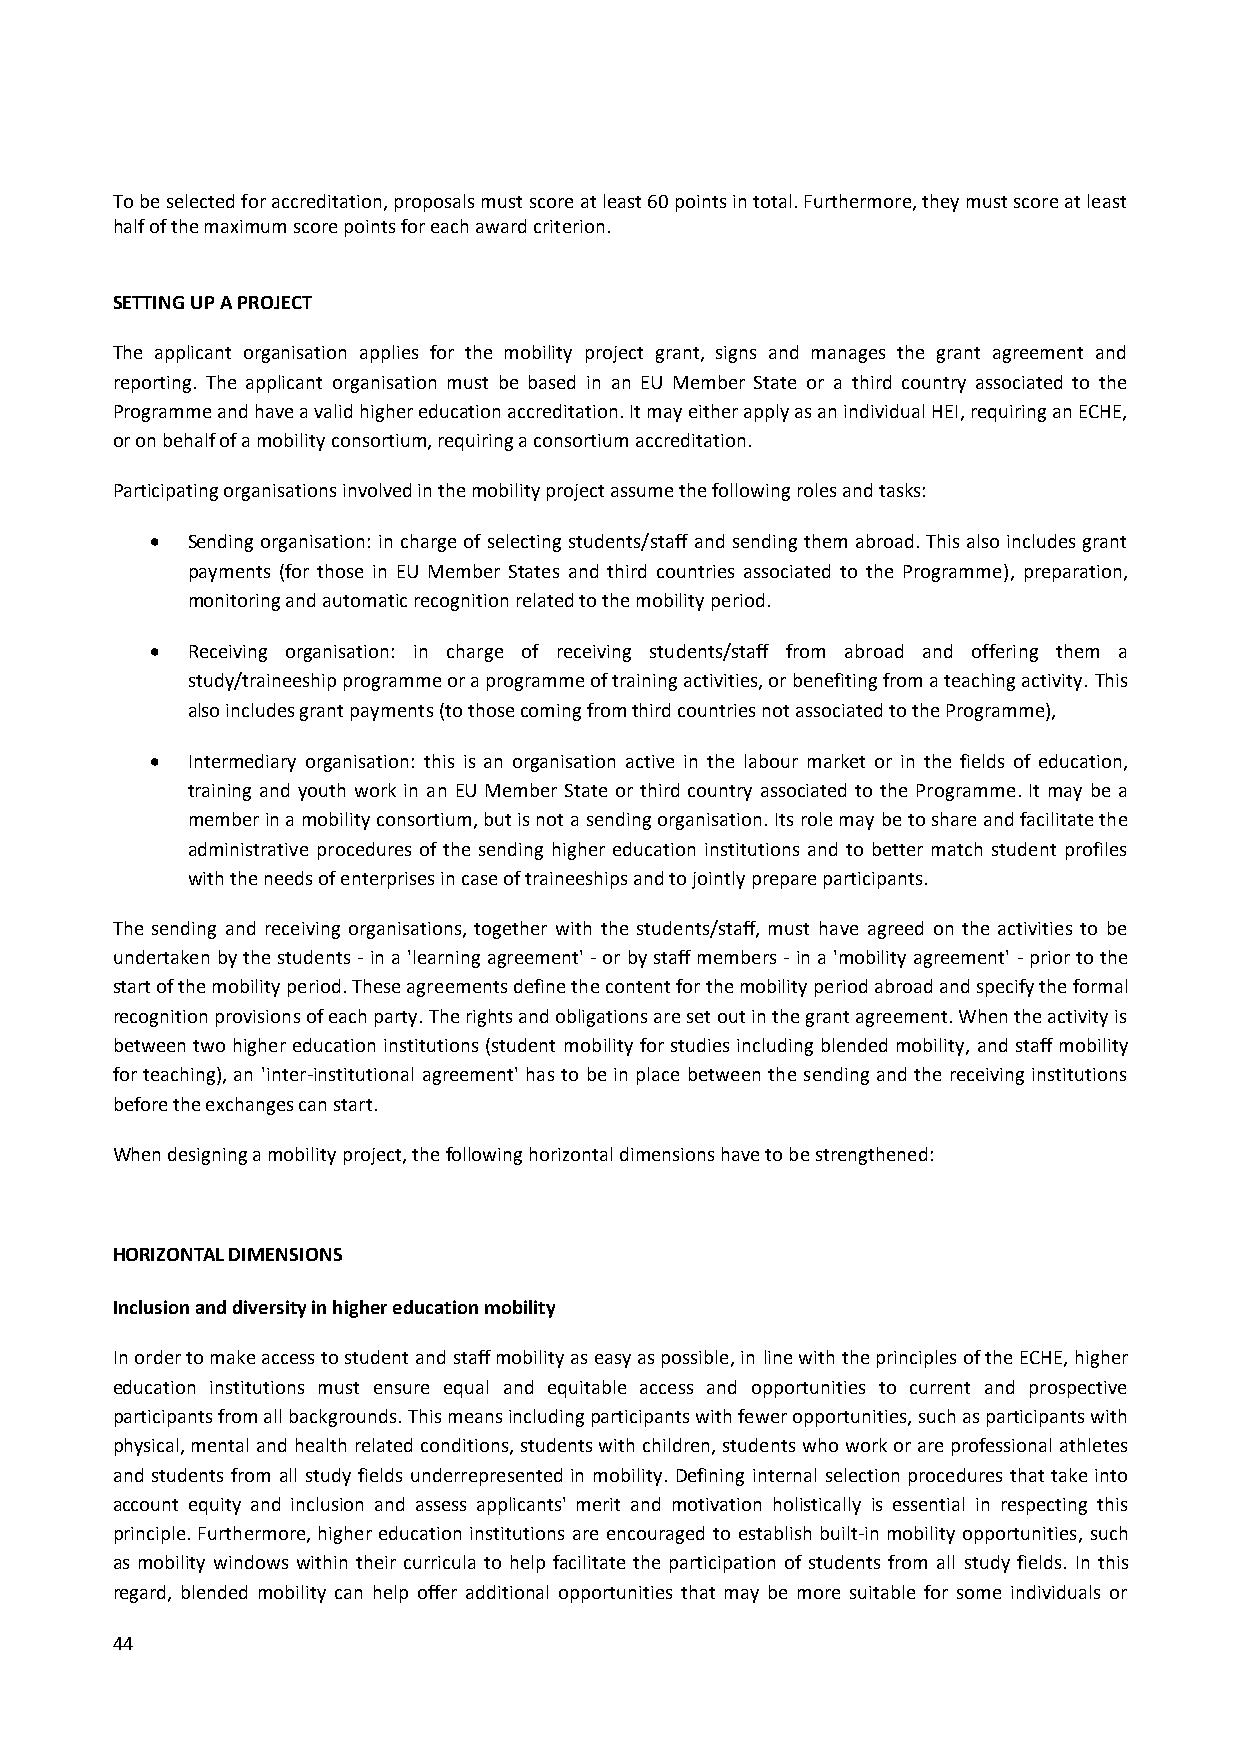
To be selected for accreditation, proposals must score at least 60 points in total. Furthermore, they must score at least
 half of the maximum score points for each award criterion.
 SETTING UP A PROJECT
 The applicant organisation applies for the mobility project grant, signs and manages the grant agreement and
 reporting. The applicant organisation must be based in an EU Member State or a third country associated to the
 Programme and have a valid higher education accreditation. It may either apply as an individual HEI, requiring an ECHE,
 or on behalf of a mobility consortium, requiring a consortium accreditation.
 Participating organisations involved in the mobility project assume the following roles and tasks:
  Sending organisation: in charge of selecting students/staff and sending them abroad. This also includes grant
 payments (for those in EU Member States and third countries associated to the Programme), preparation,
 monitoring and automatic recognition related to the mobility period.
  Receiving organisation: in charge of receiving students/staff from abroad and offering them a
 study/traineeship programme or a programme of training activities, or benefiting from a teaching activity. This
 also includes grant payments (to those coming from third countries not associated to the Programme),
  Intermediary organisation: this is an organisation active in the labour market or in the fields of education,
 training and youth work in an EU Member State or third country associated to the Programme. It may be a
 member in a mobility consortium, but is not a sending organisation. Its role may be to share and facilitate the
 administrative procedures of the sending higher education institutions and to better match student profiles
 with the needs of enterprises in case of traineeships and to jointly prepare participants.
 The sending and receiving organisations, together with the students/staff, must have agreed on the activities to be
 undertaken by the students - in a 'learning agreement' - or by staff members - in a 'mobility agreement' - prior to the
 start of the mobility period. These agreements define the content for the mobility period abroad and specify the formal
 recognition provisions of each party. The rights and obligations are set out in the grant agreement. When the activity is
 between two higher education institutions (student mobility for studies including blended mobility, and staff mobility
 for teaching), an 'inter-institutional agreement' has to be in place between the sending and the receiving institutions
 before the exchanges can start.
 When designing a mobility project, the following horizontal dimensions have to be strengthened:
 HORIZONTAL DIMENSIONS
 Inclusion and diversity in higher education mobility
 In order to make access to student and staff mobility as easy as possible, in line with the principles of the ECHE, higher
 education institutions must ensure equal and equitable access and opportunities to current and prospective
 participants from all backgrounds. This means including participants with fewer opportunities, such as participants with
 physical, mental and health related conditions, students with children, students who work or are professional athletes
 and students from all study fields underrepresented in mobility. Defining internal selection procedures that take into
 account equity and inclusion and assess applicants' merit and motivation holistically is essential in respecting this
 principle. Furthermore, higher education institutions are encouraged to establish built-in mobility opportunities, such
 as mobility windows within their curricula to help facilitate the participation of students from all study fields. In this
 regard, blended mobility can help offer additional opportunities that may be more suitable for some individuals or
 44